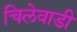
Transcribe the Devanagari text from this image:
चिलेवाडी